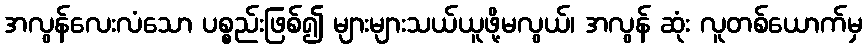
အလွန်လေးလံသော ပစ္စည်းဖြစ်၍ များများသယ်ယူဖို့မလွယ်၊ အလွန် ဆုံး လူတစ်ယောက်မှ